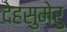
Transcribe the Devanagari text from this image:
देहसुमेरु